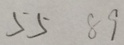
5 5 8 9